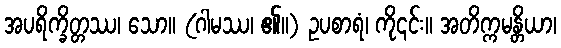
အပရိက္ခိတ္တဿ၊ သော။ (ဂါမဿ၊ ၏။) ဥပစာရံ၊ ကို၎င်း။ အတိက္ကမန္တိယာ၊